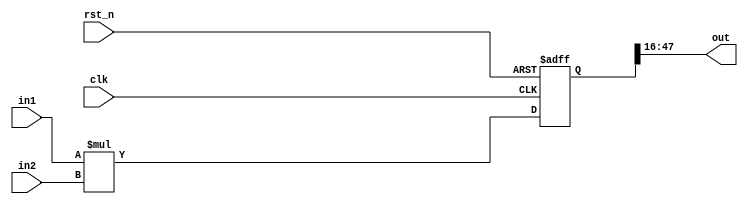
module mult_scaler(clk,rst_n,in1,in2,out);

parameter FEATURE_WIDTH = 32;
parameter SCALER_WIDTH = 32;


input                                                   clk;
input                                                   rst_n;
input  signed [ FEATURE_WIDTH - 1 : 0 ]                 in1;
input  signed [ SCALER_WIDTH - 1 : 0 ]                  in2;
output signed[ FEATURE_WIDTH - 1 : 0 ]                  out;
reg    signed [ FEATURE_WIDTH + SCALER_WIDTH  - 1 :0]   temp_out;

always@(posedge clk or negedge rst_n)
    if(!rst_n)
        temp_out<= 0;
    else
        temp_out <= in1 * in2;


assign out = temp_out>>>16;
//assign out[`MULT_SCALER_OUT_WIDTH - 1 : 0 ] = temp_out[`ADD_OUT_WIDTH + `SCALER_WIDTH  - 1: `ADD_OUT_WIDTH + `SCALER_WIDTH - `MULT_SCALER_OUT_WIDTH ];
endmodule